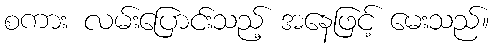
စကား လမ်းပြောင်းသည့် အနေဖြင့် မေးသည်။